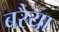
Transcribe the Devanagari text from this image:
बरैया